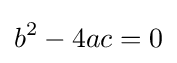
b^{2}-4ac=0